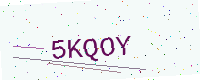
Text: 5KQOY